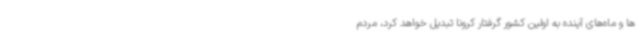
ها و ماه‌های آینده به اولین کشور گرفتار کرونا تبدیل خواهد کرد، مردم